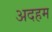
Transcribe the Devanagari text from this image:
अदहम